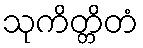
သုကိတ္တိတံ